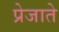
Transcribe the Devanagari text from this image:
प्रेजाते